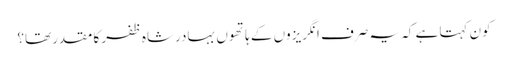
کون کہتا ہے کہ یہ صرف انگریزوں کے ہاتھوں بہادرشاہ ظفر کا مقدر تھا؟